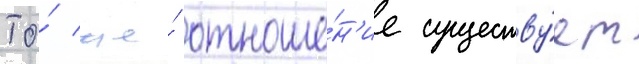
То́ же́ отноше́н'ие существу́ет